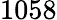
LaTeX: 1058